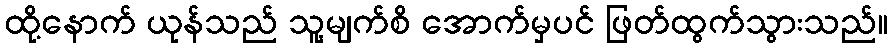
ထို့နောက် ယုန်သည် သူ့မျက်စိ အောက်မှပင် ဖြတ်ထွက်သွားသည်။